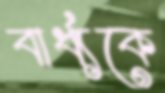
বার্ধ্যকে